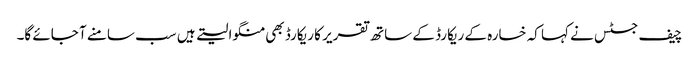
چیف جسٹس نے کہا کہ خسارہ کے ریکارڈ کے ساتھ تقریر کا ریکارڈ بھی منگوا لیتے ہیں سب سامنے آ جائے گا۔